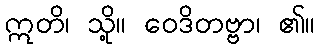
ဣတိ၊ သို့။ ဝေဒိတဗ္ဗာ၊ ၏။